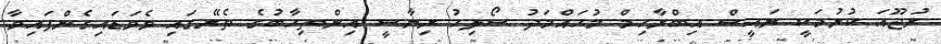
ރުޖޫއަ ކުރުމަކީ ރައީސް އިބްރާހިމް މުހައްމަދު ސޯލިހު ރިޔާސީ އިންތިހާބުގެ ތެރޭގައި ވެވަޑައިގެންފައިވާ